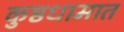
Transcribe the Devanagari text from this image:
कुष्ठधामात